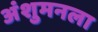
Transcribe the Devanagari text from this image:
अंशुमनला